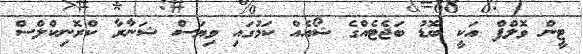
ޓީން ވޮލްފް އަކީ ބޮޑު ބަޖެޓެއްގެ ޝޯއެއް ކަމުގައި ވިޔަސް ޝަނާރާ ކްރޮނިކްލްސް